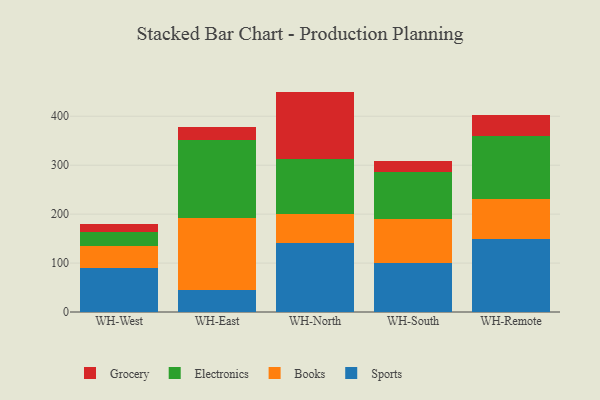
{"axis": {"x": "Warehouse", "y": "Gross Profit (USD K)"}, "legend": ["Books", "Electronics", "Grocery", "Sports"], "data": [{"x": "WH-West", "y": 89.8, "type": "Sports"}, {"x": "WH-West", "y": 45.7, "type": "Books"}, {"x": "WH-West", "y": 28.3, "type": "Electronics"}, {"x": "WH-West", "y": 15.6, "type": "Grocery"}, {"x": "WH-East", "y": 44.1, "type": "Sports"}, {"x": "WH-East", "y": 148.8, "type": "Books"}, {"x": "WH-East", "y": 159.1, "type": "Electronics"}, {"x": "WH-East", "y": 25.5, "type": "Grocery"}, {"x": "WH-North", "y": 141.0, "type": "Sports"}, {"x": "WH-North", "y": 58.3, "type": "Books"}, {"x": "WH-North", "y": 113.5, "type": "Electronics"}, {"x": "WH-North", "y": 137.6, "type": "Grocery"}, {"x": "WH-South", "y": 100.0, "type": "Sports"}, {"x": "WH-South", "y": 90.7, "type": "Books"}, {"x": "WH-South", "y": 95.0, "type": "Electronics"}, {"x": "WH-South", "y": 23.9, "type": "Grocery"}, {"x": "WH-Remote", "y": 148.3, "type": "Sports"}, {"x": "WH-Remote", "y": 82.6, "type": "Books"}, {"x": "WH-Remote", "y": 127.9, "type": "Electronics"}, {"x": "WH-Remote", "y": 44.6, "type": "Grocery"}]}